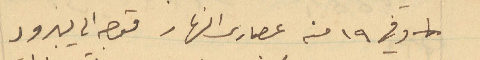
وفي ١۹ منه عصر ذلك النهار فقصد يبرود